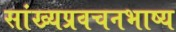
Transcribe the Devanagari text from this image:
सांख्यप्रवचनभाष्य